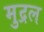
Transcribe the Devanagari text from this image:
मुद्रल